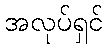
အလုပ်ရှင်